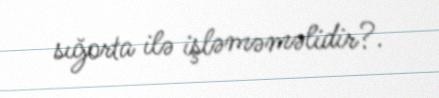
sığorta ilə işləməməlidir?.